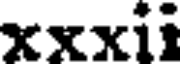
xxxii